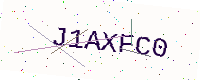
Text: J1AXFC0